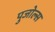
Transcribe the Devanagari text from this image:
पुजोल्स